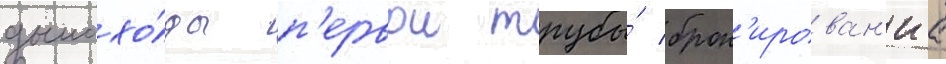
дымохо́ды п'ервои трубы́ брон'ирован'иа